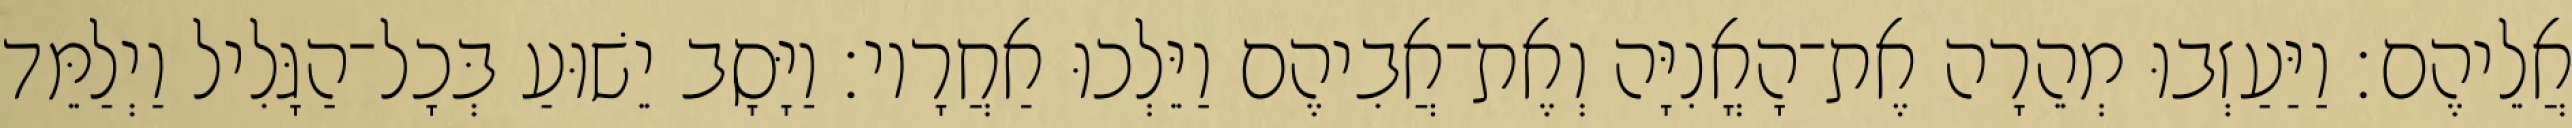
אֲלֵיהֶם׃ וַיַּעַזְבוּ מְהֵרָה אֶת־הָאֳנִיָּה וְאֶת־אֲבִיהֶם וַיֵּלְכוּ אַחֲרָיו׃ וַיָּסָב יֵשׁוּעַ בְּכָל־הַגָּלִיל וַיְלַמֵּד